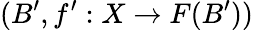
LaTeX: (B^{\prime},f^{\prime}:X\to F(B^{\prime}))